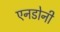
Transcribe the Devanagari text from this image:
एनडोनी